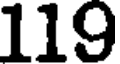
119